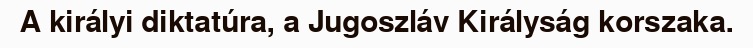
A királyi diktatúra, a Jugoszláv Királyság korszaka.